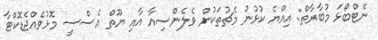
ނެޓްބޯޅަ މުބާރާތް: އިއްޔެ ކުޅުނު މެޗުތަކުން ވެލެންސިއާ އާއި ޔޫތް އެސްސީ މޮޅުވެއްޖެޑޮކްޓާ